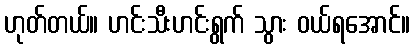
ဟုတ်တယ်။ ဟင်းသီးဟင်းရွက် သွား ဝယ်ရအောင်။